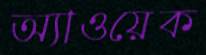
অ্যাওয়েক